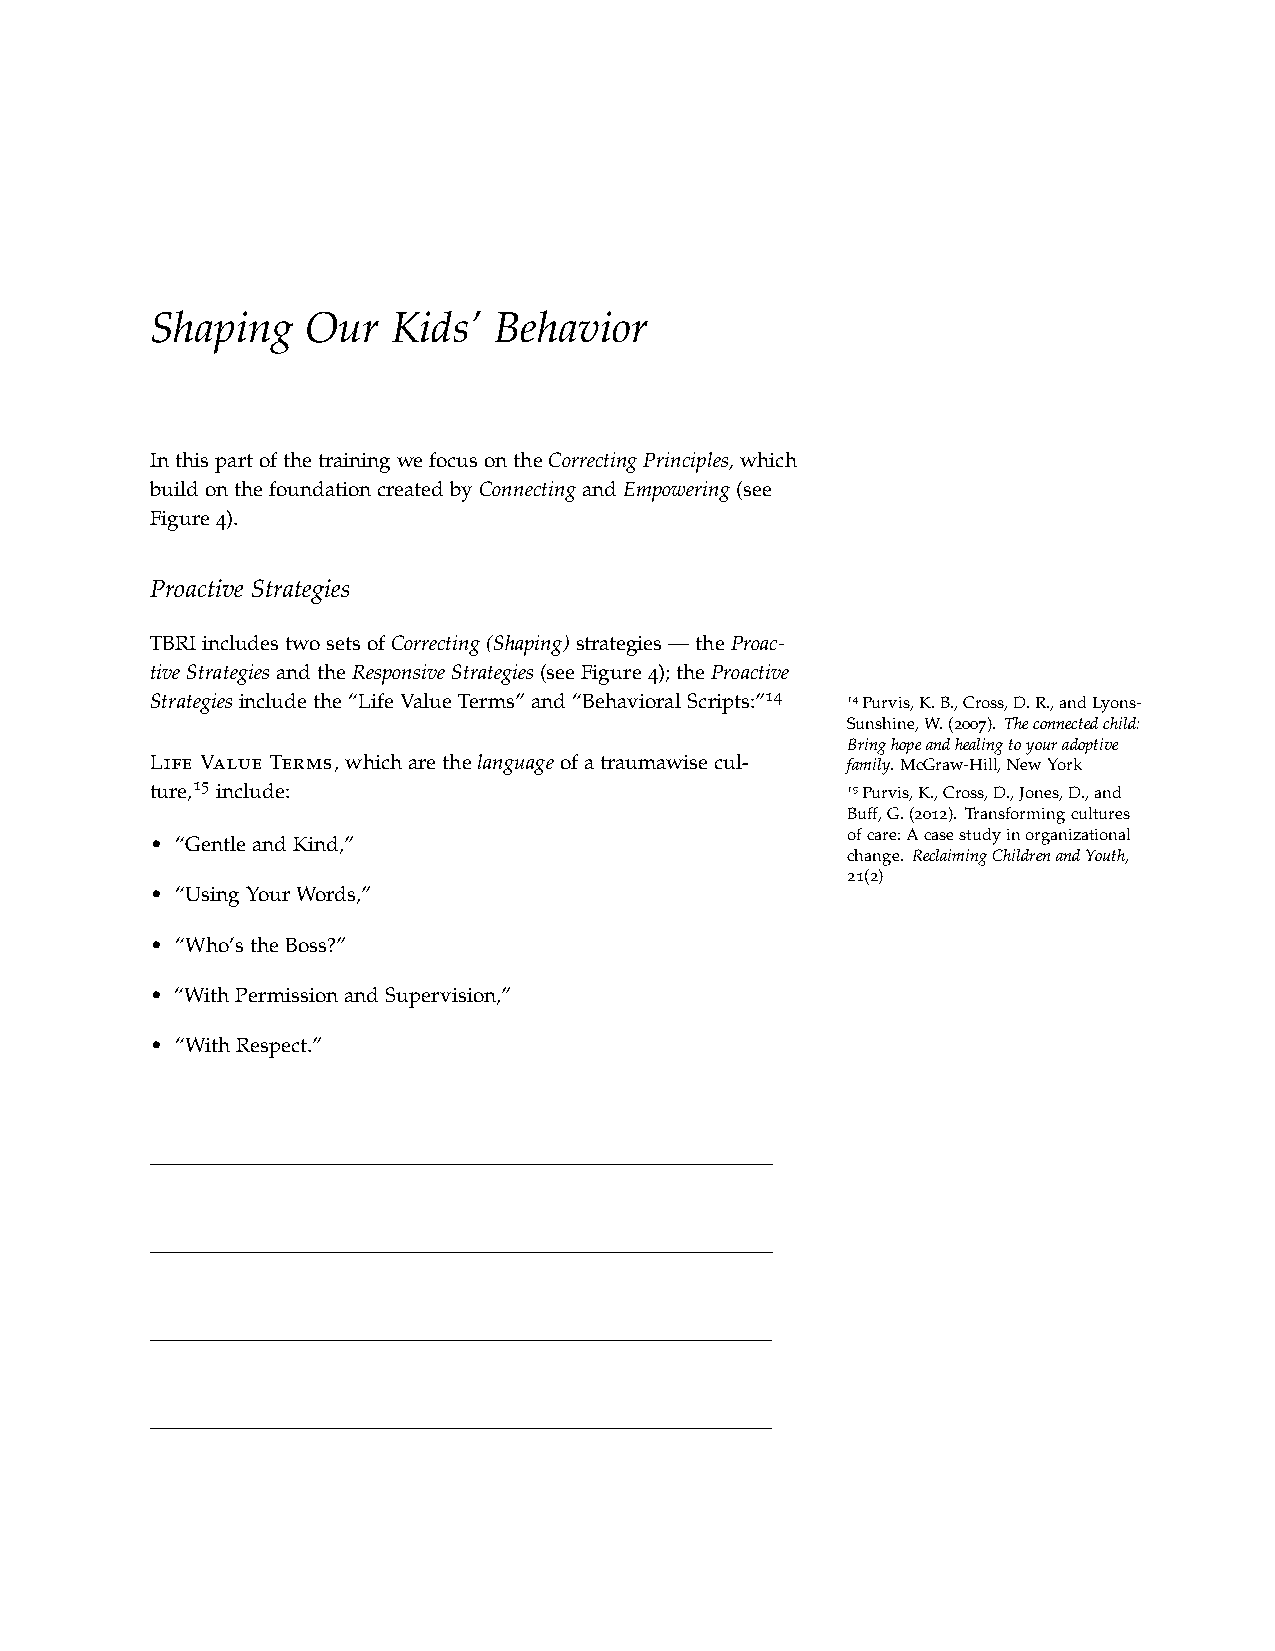
Shaping   Our   Kids’  Behavior
 InthispartofthetrainingwefocusontheCorrectingPrinciples,which
 buildonthefoundationcreatedbyConnectingandEmpowering(see
 Figure4).
 Proactive Strategies
 TBRIincludestwosetsofCorrecting(Shaping)strategies—theProac-
 tiveStrategiesandtheResponsiveStrategies(seeFigure4);theProactive
 14
 Strategiesincludethe“LifeValueTerms”and“BehavioralScripts:” 14Purvis,K.B.,Cross,D.R.,andLyons-
 Sunshine,W.(2007). Theconnectedchild:
 Bringhopeandhealingtoyouradoptive
 Life Value Terms, whicharethelanguageofatraumawisecul- family. McGraw-Hill,NewYork
 15
 ture, include:                                15Purvis,K.,Cross,D.,Jones,D.,and
 Buff,G.(2012). Transformingcultures
 ofcare:Acasestudyinorganizational
 • “GentleandKind,”
 change. ReclaimingChildrenandYouth,
 21(2)
 • “UsingYourWords,”
 • “Who’stheBoss?”
 • “WithPermissionandSupervision,”
 • “WithRespect.”